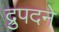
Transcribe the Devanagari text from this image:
द्रुपदने